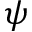
\psi